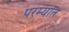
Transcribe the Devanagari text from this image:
परम्यात